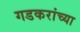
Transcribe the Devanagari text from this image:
गडकरांच्या